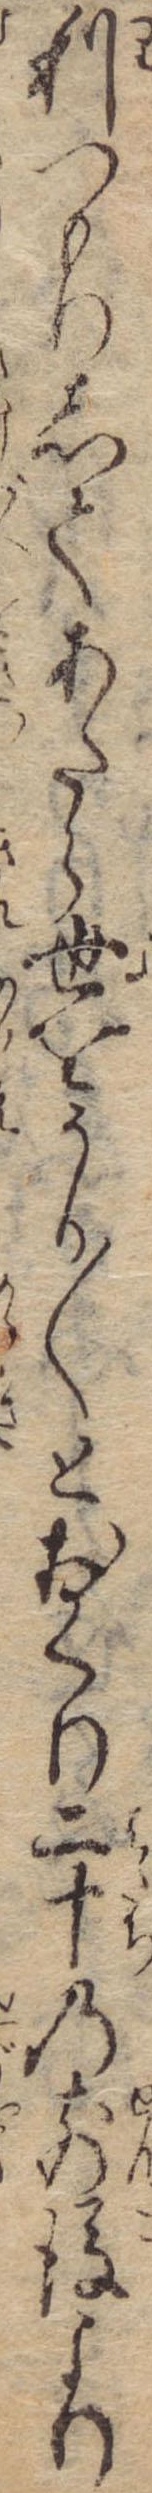
利つもりしてあたら世をうか〱とおくり二十の前後より